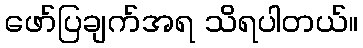
ဖော်ပြချက်အရ သိရပါတယ်။